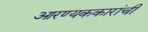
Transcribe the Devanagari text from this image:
आरण्यककारांची